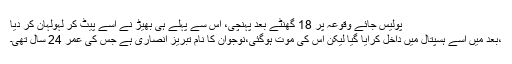
پولیس جائے وقوعہ پر 18 گھنٹے بعد پہنچی، اس سے پہلے ہی بھیڑ نے اسے پیٹ کر لہولہان کر دیا
،بعد میں اسے ہسپتال میں داخل کرایا گیا لیکن اس کی موت ہوگئی،نوجوان کا نام تبریز انصاری ہے جس کی عمر 24 سال تھی۔